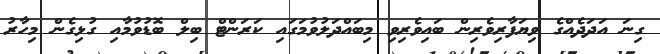
ގިނަ އަދަދެއްގެ ވިޔަފާރިވެރިން ބައިވެރިވި މިބައްދަލުވުމަގައި ކަރަންޓް ބިލް ބޮޑުވުމާއި ގުޅިގެން މިހާރު